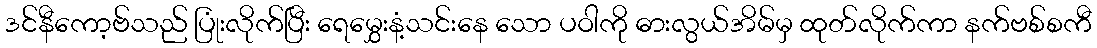
ဒင်နီကော့ဗ်သည် ပြုံးလိုက်ပြီး ရေမွှေးနံ့သင်းနေ သော ပဝါကို ဓားလွယ်အိမ်မှ ထုတ်လိုက်ကာ နက်ဗစ်စကီ